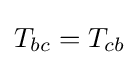
T_{bc}=T_{cb}